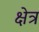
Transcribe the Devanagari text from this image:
क्षेत्र